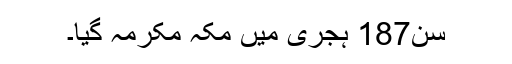
سن187 ہجری میں مکہ مکرمہ گیا۔